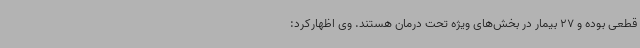
قطعی بوده و 27 بیمار در بخش‌های ویژه تحت درمان هستند. وی اظهارکرد: